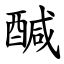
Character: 醎